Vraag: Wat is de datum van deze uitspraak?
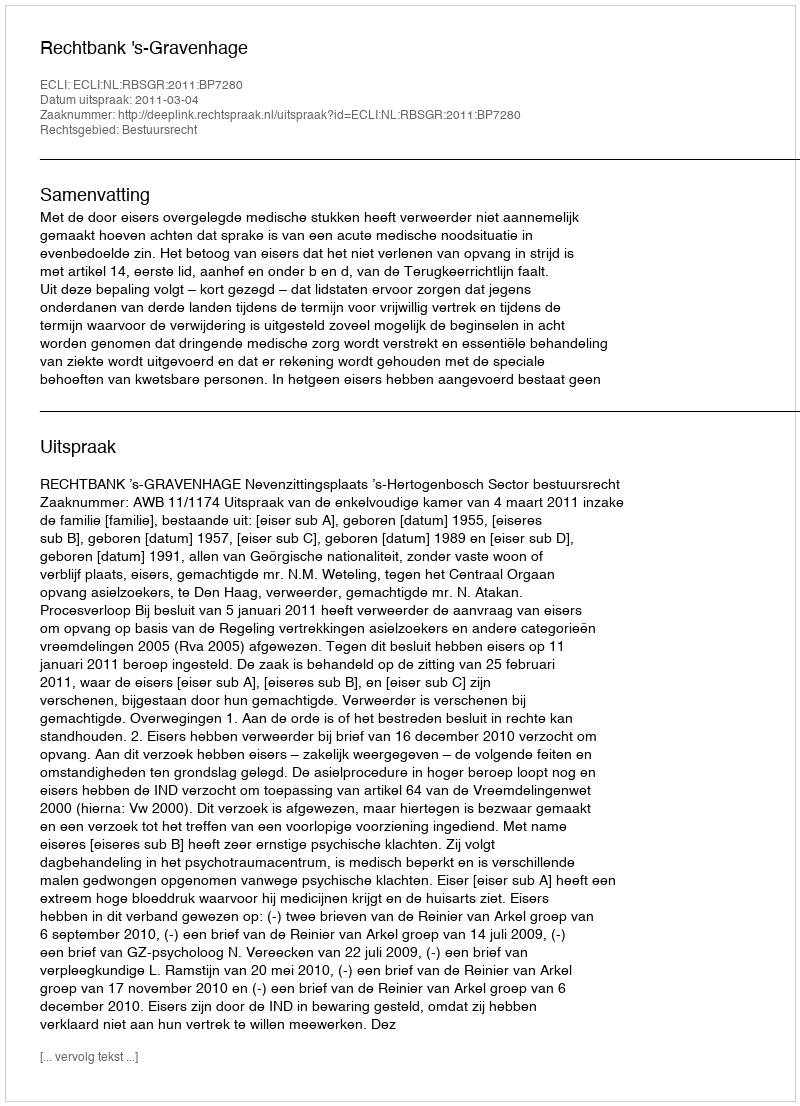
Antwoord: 2011-03-04